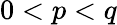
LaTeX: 0<p<q